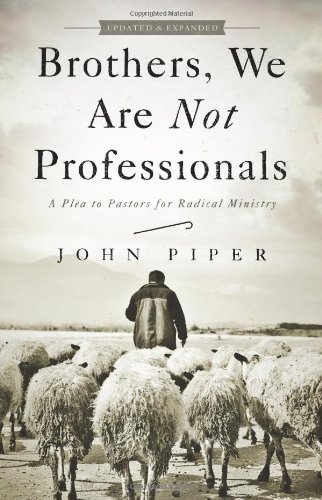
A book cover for Brothers, We Are Not Professionals: A Plea to Pastors for Radical Ministry, Updated and Expanded Edition; John Piper; Christian Books & Bibles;